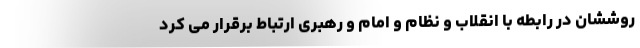
روششان در رابطه با انقلاب و نظام و امام و رهبری ارتباط برقرار می کرد